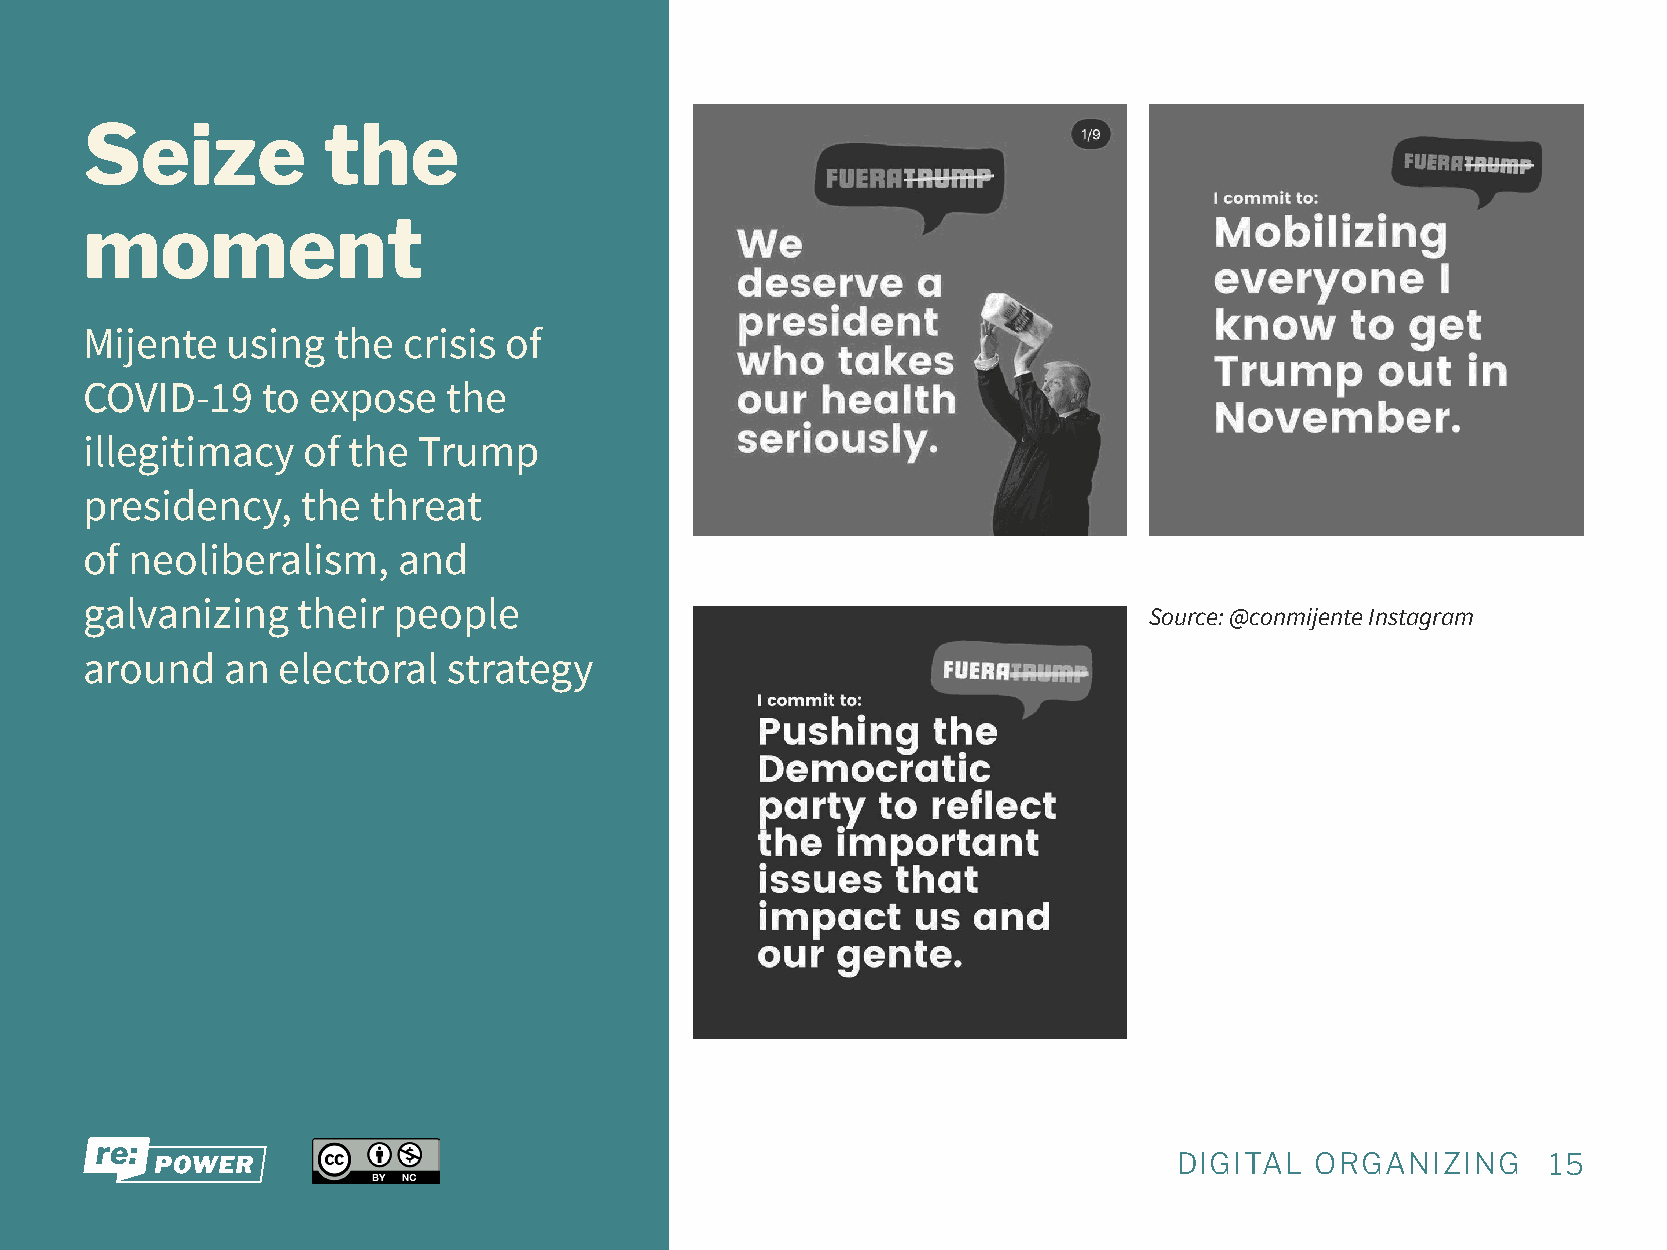
Seize          the
 moment
 Mijente  using  the  crisis of
 COVID-19   to expose    the
 illegitimacy  of the  Trump
 presidency,   the  threat
 of neoliberalism,   and
 galvanizing   their people
 Source: @conmijente Instagram
 around   an electoral   strategy
 DIGITAL  ORGANIZING      15